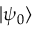
| \psi _ { 0 } \rangle